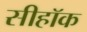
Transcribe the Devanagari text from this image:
सीहॉक